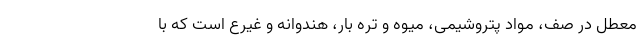
معطل در صف، مواد پتروشیمی، میوه و تره بار، هندوانه و غیرع است که با